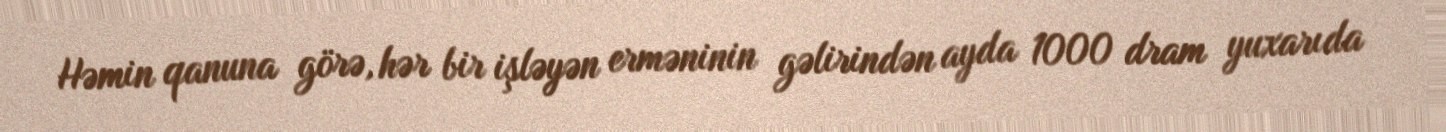
Həmin qanuna görə, hər bir işləyən erməninin gəlirindən ayda 1000 dram yuxarıda